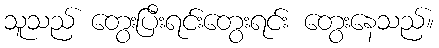
သူသည် တွေးပြီးရင်းတွေးရင်း တွေးနေသည်။